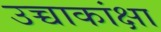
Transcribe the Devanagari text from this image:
उच्चाकांक्षा